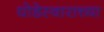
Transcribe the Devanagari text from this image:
घोडेस्वाराच्या